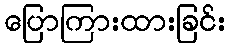
ပြောကြားထားခြင်း